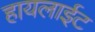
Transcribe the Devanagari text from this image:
हायलाईट